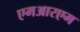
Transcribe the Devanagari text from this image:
एमआरएम